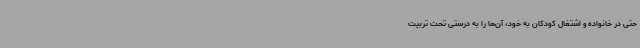
حتی در خانواده و اشتغال کودکان به خود، آن‌ها را به درستی تحت تربیت